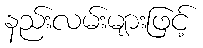
နည်းလမ်းများဖြင့်